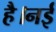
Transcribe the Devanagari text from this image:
है।नई